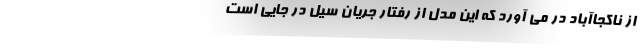
از ناکجاآباد در می آورد که این مدل از رفتار جریان سیل در جایی است